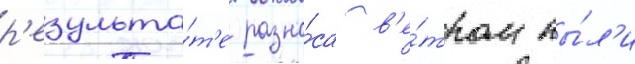
р'езульта́т'е разно́са в'е́тром пы́л'и